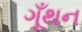
ગૂઁથન